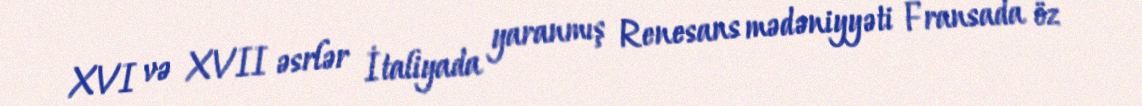
XVI və XVII əsrlər İtaliyada yaranmış Renesans mədəniyyəti Fransada öz